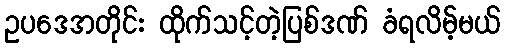
ဥပဒေအတိုင်း ထိုက်သင့်တဲ့ပြစ်ဒဏ် ခံရလိမ့်မယ်